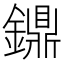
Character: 鐤